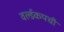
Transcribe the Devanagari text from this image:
वर्ल्डकपची